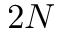
2 N